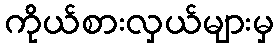
ကိုယ်စားလှယ်များမှ